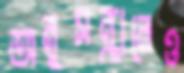
অনুসন্ধানেও